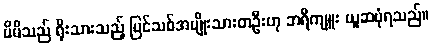
မိမိသည် ရိုးသားသည့် ပြင်သစ်အမျိုးသားတဦးဟု ဘရီကျူး ယူဆပုံရသည်။